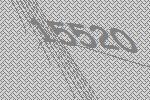
15520